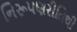
નિરૂપણરીતિથી